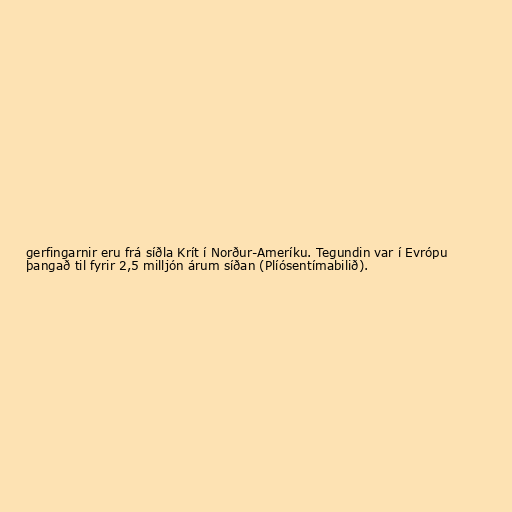
gerfingarnir eru frá síðla Krít í Norður-Ameríku. Tegundin var í Evrópu
þangað til fyrir 2,5 milljón árum síðan (Plíósentímabilið).